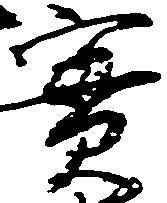
実